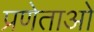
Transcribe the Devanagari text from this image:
प्रणेताओ